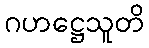
ဂဟဋ္ဌေသူတိ